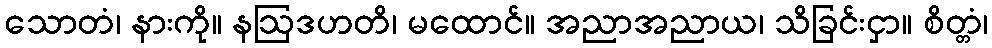
သောတံ၊ နားကို။ နဩဒဟတိ၊ မထောင်။ အညာအညာယ၊ သိခြင်းငှာ။ စိတ္တံ၊